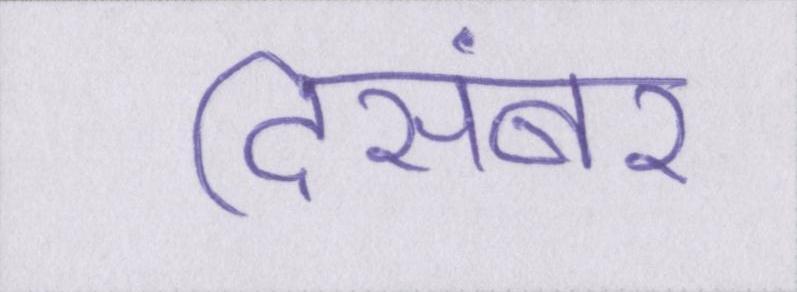
दिसंबर